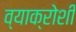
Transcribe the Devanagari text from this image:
व्याक्रोशीं